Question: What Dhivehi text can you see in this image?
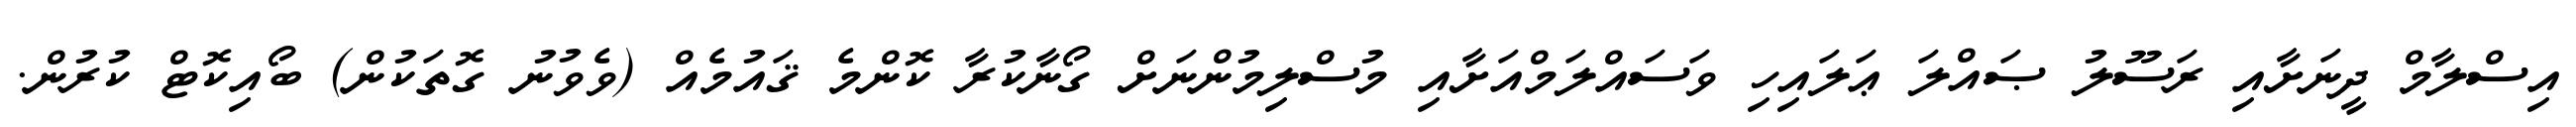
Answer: އިސްލާމް ދީނަށާއި ރަސޫލު ޞައްލަ ޢަލައިހި ވަސައްލަމްއަށާއި މުސްލިމުންނަށް ގޯނާކުރާ ކޮންމެ ޤައުމެއް (ވެވުނު ގޮތަކުން) ބޯއިކޮޓް ކުރުން.